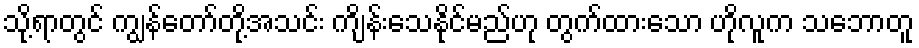
သို့ရာတွင် ကျွန်တော်တို့အသင်း ကျိန်းသေနိုင်မည်ဟု တွက်ထားသော ဟိုလူက သဘောတူ